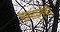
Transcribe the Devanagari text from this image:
मागाहूनची